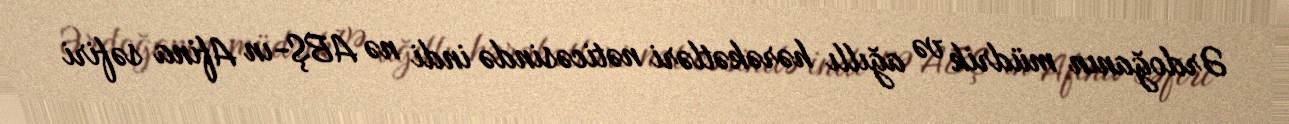
Ərdoğanın müdrik və ağıllı hərəkətləri nəticəsində indi nə ABŞ-ın Afina səfiri